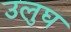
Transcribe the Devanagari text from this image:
उलुघ